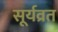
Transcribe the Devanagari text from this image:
सूर्यव्रत